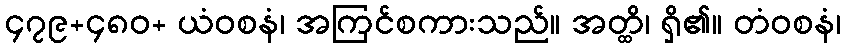
၄၇၉+၄၈၀+ ယံဝစနံ၊ အကြင်စကားသည်။ အတ္ထိ၊ ရှိ၏။ တံဝစနံ၊